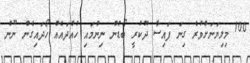
100 މިލިޔަނަށްވުރެ ގިނަ ފައިސާ ދޫކުރީ ބޯޑުން ނިންމައި ހުއްދައެއް ހޯދައިގެން ނޫން